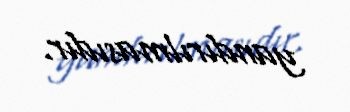
yandırılmasıdır.